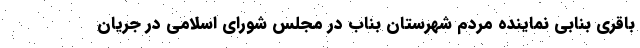
باقري بنابي نماينده مردم شهرستان بناب در مجلس شوراي اسلامي در جريان